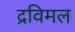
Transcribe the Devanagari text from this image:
द्रविमल